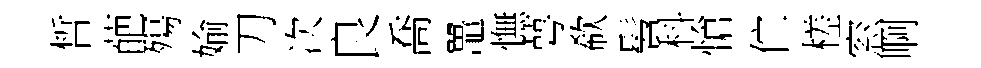
晳葩殤媮刀次良喬鼉憮萼欷髫科愴伫槎窓啊